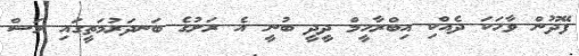
ފޭދޫން ވާހަކަ ދެއްކި އިބްރާހީމް ދީދީ ބުނީ އެ ރަށުގެ ބަނދަރުމަތީގައި މަސް